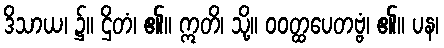
ဒိသာယ၊ ၌။ ဌိတံ၊ ၏။ ဣတိ၊ သို့။ ဝဝတ္ထပေတဗ္ဗံ၊ ၏။ ပန၊